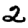
Digit: 2